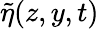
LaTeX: \tilde{\eta}(z,y,t)